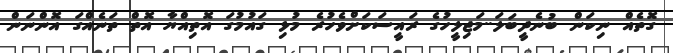
ގޮތެއް ނިކަން ބުނެދީބަލަ..މަޖިލީހުގެ ރައީސަކަށްވެހުރެ މުޅި ގައުމުގަ އޮތިއްޔާ އޮތް ތަނެއްގަ އޮންނަން